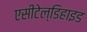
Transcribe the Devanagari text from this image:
एसीटेल्डिहाइड